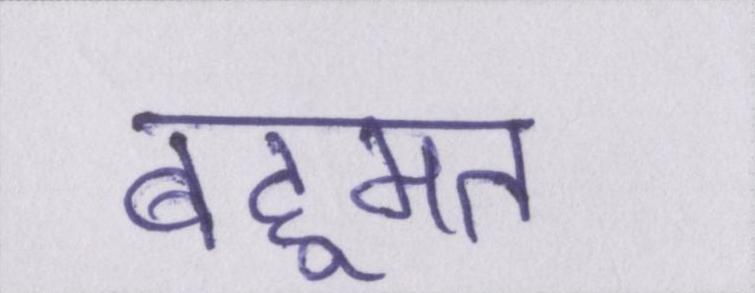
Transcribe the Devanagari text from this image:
बहूमत